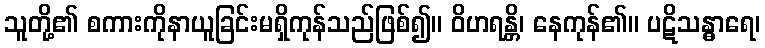
သူတို့၏ စကားကိုနာယူခြင်းမရှိကုန်သည်ဖြစ်၍။ ဝိဟရန္တိ၊ နေကုန်၏။ ပဋိသန္ဓာရေ၊